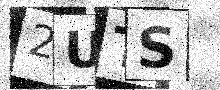
Text: 2UTS